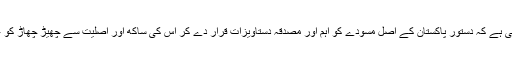
آغا عطااللہ شاہ نے عدالت سے گذارش کی ہے کہ دستور پاکستان کے اصل مسودے کو اہم اور مصدقہ دستاویزات قرار دے کر اس کی ساکھ اور اصلیت سے چھیڑ چھاڑ کو غیر قانونی اور غیر آئینی قرار دیا جائے۔